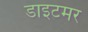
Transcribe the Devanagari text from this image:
डाइटमर